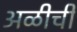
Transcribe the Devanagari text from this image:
अळीची